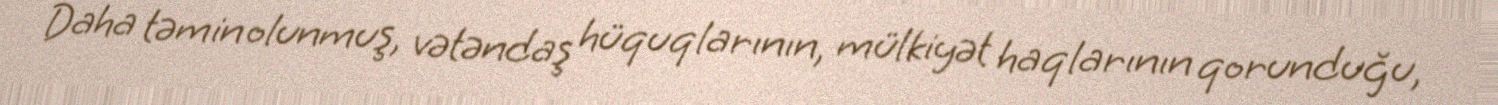
Daha təmin olunmuş, vətəndaş hüquqlarının, mülkiyət haqlarının qorunduğu,